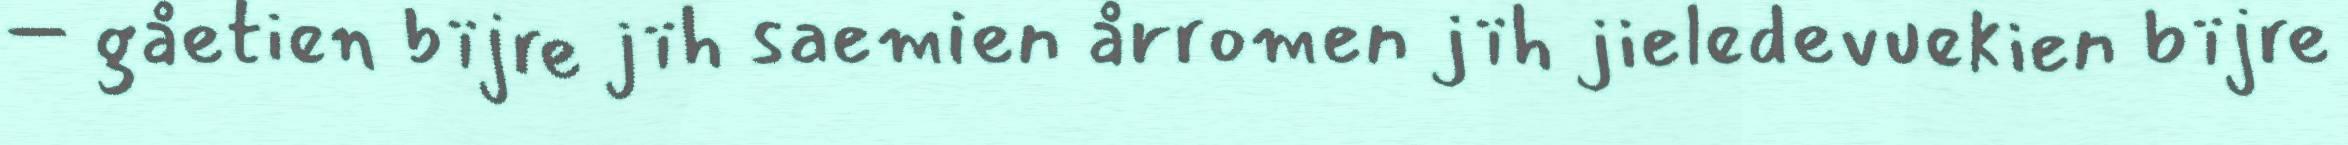
– gåetien bïjre jïh saemien årromen jïh jieledevuekien bïjre